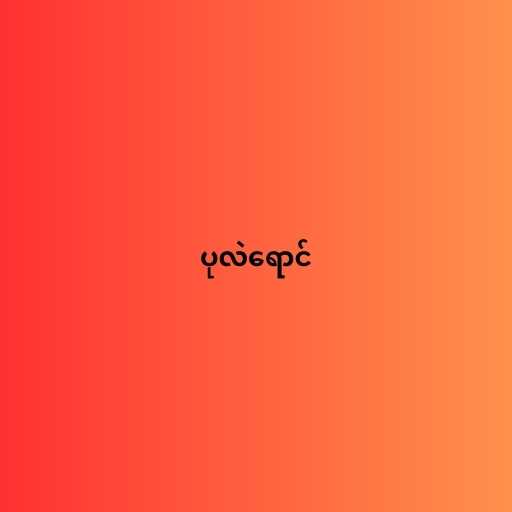
ပုလဲရောင်